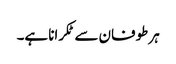
ہر طوفان سے ٹکرانا ہے۔